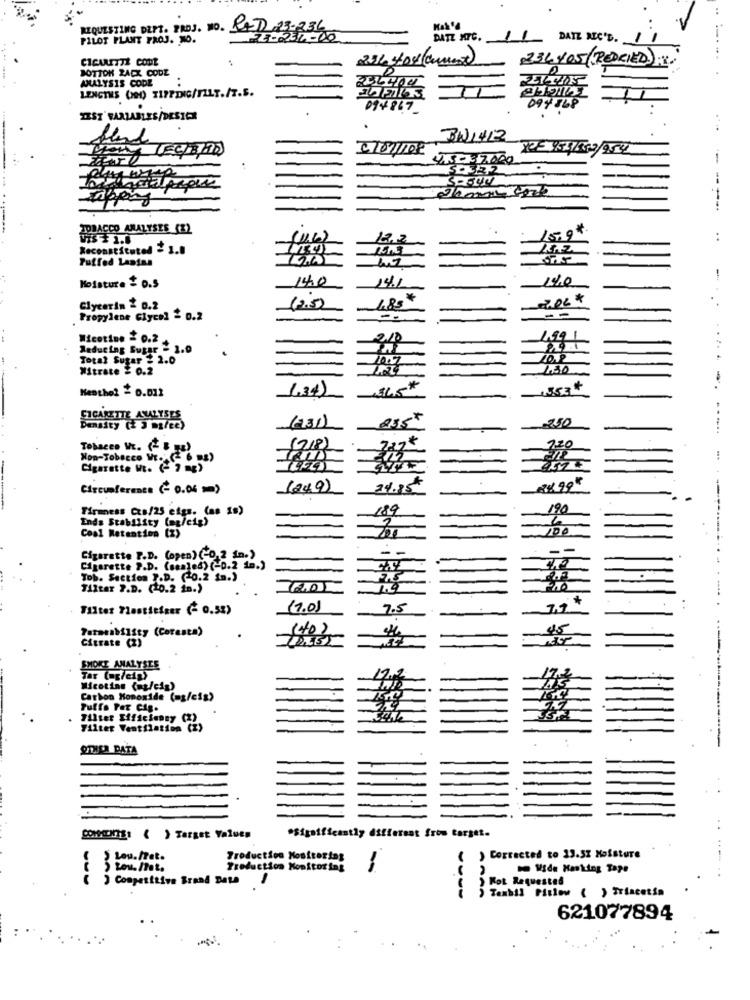
REQUESTING DEPT. PROJ. NO. RAD 23-236
PILOT PLANT PROJ. NO.
DATZ XTC.
DATE REC'D.
CIGARETTE CODE
BOTTON ZACK CODE
234+05 (REDRIED):
ANALYSIS CODE
LENGTHS (Od) TIPPING/FILT./T.S.
094867
094868
TEST' VARIABLES/DESIER
301412
44-37000
TOBACCO ANALYSES (E2
15.9*
VIS+ 1.8
122
..
Puffed Lastas
Moisture & 0.5
14:0
14.1
140
-
-
*
200*
Glycerin 2 0.2
1,85
Propylene Glycol = 0.2
Nicotine & 0.2
210
1.99 1
Reducing Sugar - 1.0
Total Sugar 2 2.0
10.7
Mitrate $ 0.2
1150
Hesthot & 0.012
1,34
13.53#
CIGARETTE ANALYSES
255
1250
Density (+ 3 mg/ce)
-----
Tobacco V. (" B ")
(218)
Non-Tobacco WE. - 6 98)
Cigarette Wt. (- 7 mg)
Circumference (- 0.04 m)
(249)
..
Firmness Cza/25 elgs. (as 10)
189
190
Ends Stability (mg/cig)
Coal Retention (2)
--
--
Cigarette P.D. (open) (-0,2 in.)
Cigarette P.D. (sealed) (-0.2 in.)
Tob. Section 7.D. (20.2 in.)
Tiltar 7.D. (10.2 in.)
+
Filter Plastitiger (- 0.5%)
(7.0)
7.5
7,1
Permeability (Coresta)
(40)
45
Citrate (2)
SMOKE ANALYSES
Tar (ap/cip)
Wicoting (mg/cip)
Carbon Monoxide (mg/cis)
Puffs Per Cip.
Filter Efficiency C2
Filter Ventilation (X
OTHER DATA
COMENTE: ( ) Target Values
*Significantly different from target.
Lou.fet.
Troduction Monitoring
Corrected to 13.52 Moisture
Treduction Monitoring
Vide Masking Tape
( ) Competitive Brand Data
) Kot Requested
Taxhil Pitlow ( ) Triacetin
621077894